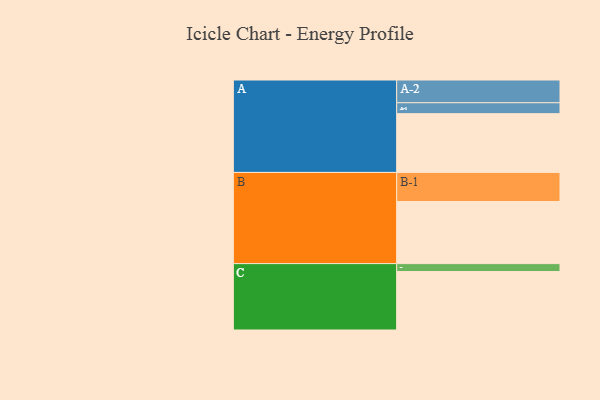
{"axis": {"x": "Segment", "y": "Value"}, "legend": ["", "A", "B", "C"], "data": [{"x": "A", "y": 548, "type": ""}, {"x": "B", "y": 579, "type": ""}, {"x": "C", "y": 545, "type": ""}, {"x": "A-1", "y": 102, "type": "A"}, {"x": "A-2", "y": 212, "type": "A"}, {"x": "B-1", "y": 271, "type": "B"}, {"x": "C-1", "y": 74, "type": "C"}]}